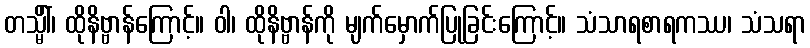
တသ္မိံါ်၊ ထိုနိဗ္ဗာန်ကြောင့်။ ဝါ၊ ထိုနိဗ္ဗာန်ကို မျက်မှောက်ပြုခြင်းကြောင့်။ သံသာရစာရကဿ၊ သံသရာ